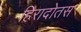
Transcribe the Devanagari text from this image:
हिरादोतस